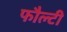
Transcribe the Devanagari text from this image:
फौल्टी